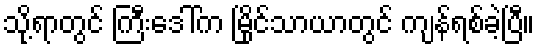
သို့ရာတွင် ကြီးဒေါ်က မြိုင်သာယာတွင် ကျန်ရစ်ခဲ့ပြီ။